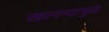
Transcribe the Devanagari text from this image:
खल्ल्यामुळे